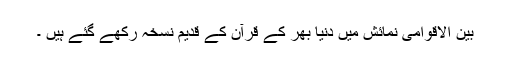
بین الاقوامی نمائش میں دنیا بھر کے قرآن کے قدیم نسخہ رکھے گئے ہیں ۔